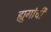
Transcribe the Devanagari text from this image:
ह्युगोची